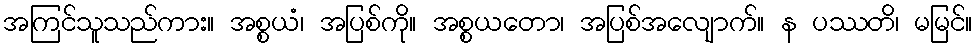
အကြင်သူသည်ကား။ အစ္စယံ၊ အပြစ်ကို။ အစ္စယတော၊ အပြစ်အလျောက်။ န ပဿတိ၊ မမြင်။